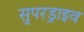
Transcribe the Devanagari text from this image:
सुपरड्राइव